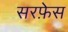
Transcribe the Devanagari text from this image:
सरफ़ेस